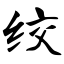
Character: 绞